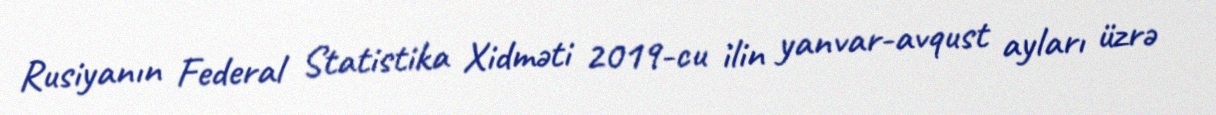
Rusiyanın Federal Statistika Xidməti 2019-cu ilin yanvar-avqust ayları üzrə